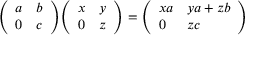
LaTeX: { \left( \begin{array} { l l } { a } & { b } \\ { 0 } & { c } \end{array} \right) } { \left( \begin{array} { l l } { x } & { y } \\ { 0 } & { z } \end{array} \right) } = { \left( \begin{array} { l l } { x a } & { y a + z b } \\ { 0 } & { z c } \end{array} \right) }